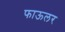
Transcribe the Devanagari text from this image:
फाऊलर